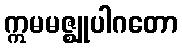
ဣမမဇ္ဈုပါဂတော